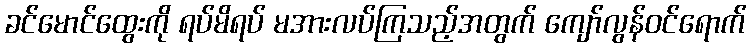
ခင်မောင်ထွေးကို ရပ်မိရပ် မအားလပ်ကြသည့်အတွက် ကျော်လွန်ဝင်ရောက်